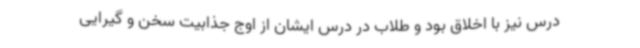
درس نیز با اخلاق بود و طلاب در درس ایشان از اوج جذابیت سخن و گیرایی